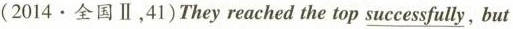
(2014.全国Ⅱ,41)They reached the top \underline{successfully}, but